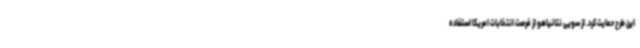
این طرح حمایت کرد. از سویی نتانیاهو از فرصت انتخابات امریکا استفاده